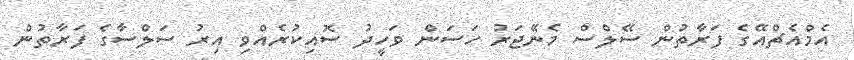
އެމްއެޗްއޭގެ ފަރާތުން ސޭލްސް މެނޭޖަރު ހަސަން ވަހީދު ސޮއިކުރެއްވި އިރު ސަލްސާގެ ފަރާތުން